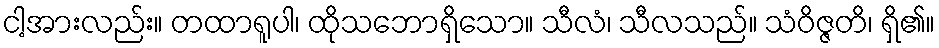
ငါ့အားလည်း။ တထာရူပါ၊ ထိုသဘောရှိသော။ သီလံ၊ သီလသည်။ သံဝိဇ္ဇတိ၊ ရှိ၏။